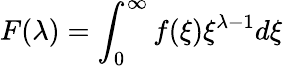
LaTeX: F(\lambda)=\int_{0}^{\infty}f(\xi)\xi^{\lambda-1}d\xi